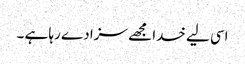
اسی لیے خدا مجھے سزا دے رہا ہے ۔